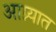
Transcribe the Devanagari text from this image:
आग्न्यात